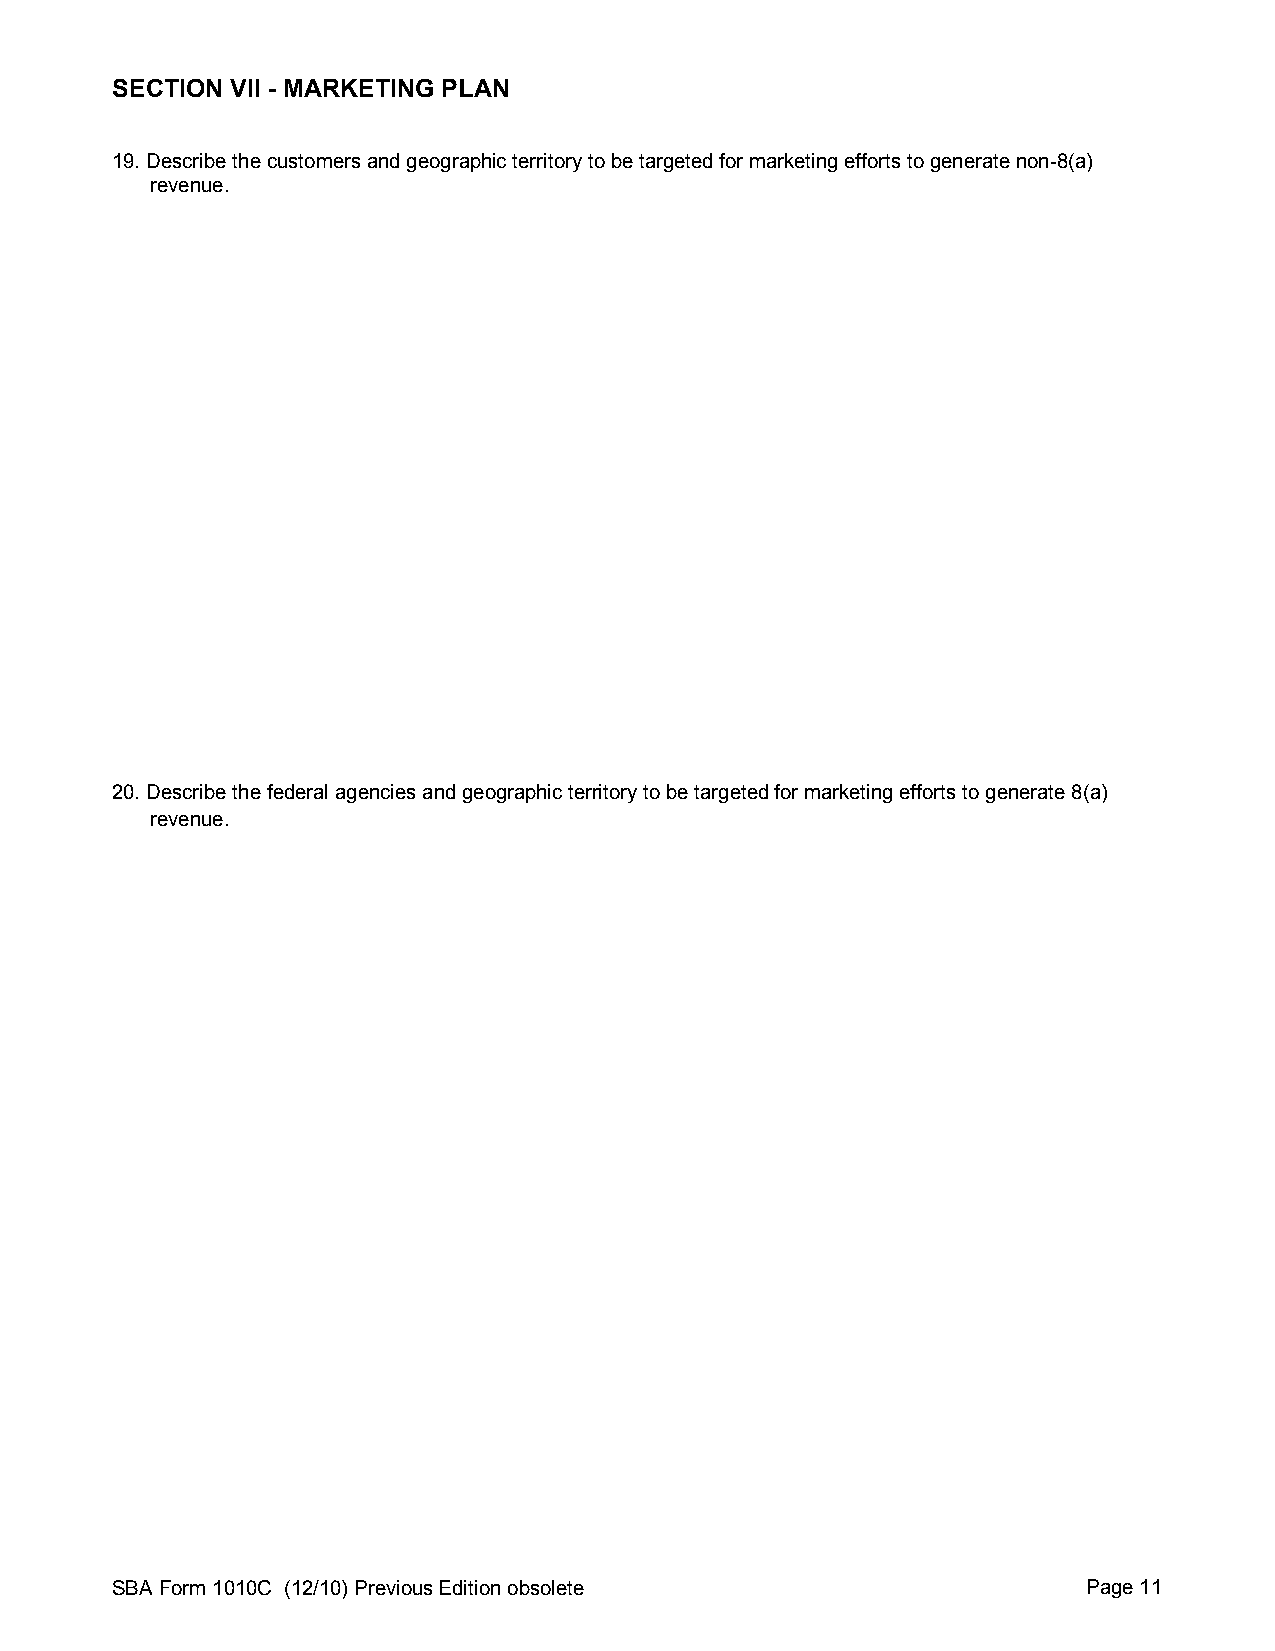
SECTION VII - MARKETING PLAN
 19. Describe the customers and geographic territory to be targeted for marketing efforts to generate non-8(a)
 revenue.
 20. Describe the federal agencies and geographic territory to be targeted for marketing efforts to generate 8(a)
 revenue.
 SBA Form 1010C (12/10) Previous Edition obsolete                 Page 11